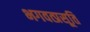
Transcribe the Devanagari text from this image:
भगवत्प्रसूति